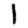
Digit: 1